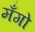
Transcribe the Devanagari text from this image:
मँगो